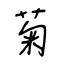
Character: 菊